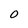
Character: O